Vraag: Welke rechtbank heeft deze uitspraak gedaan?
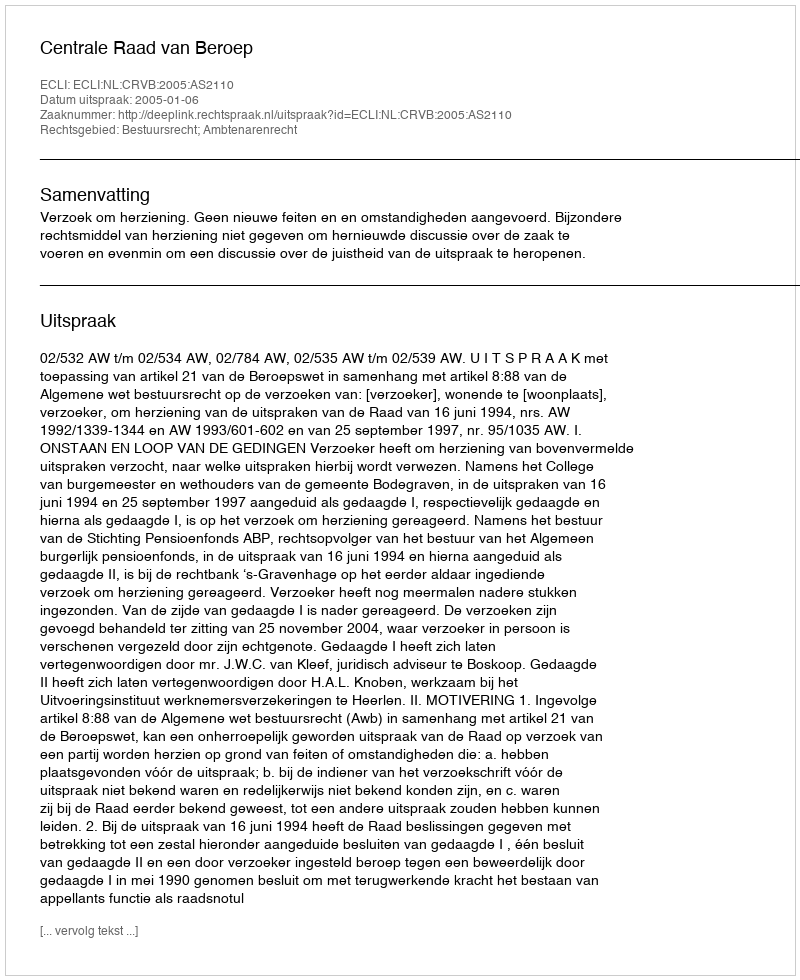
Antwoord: Centrale Raad van Beroep